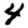
Digit: 4